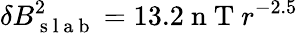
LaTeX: \delta B_{\mathrm{~s~l~a~b~}}^{2}=13.2\mathrm{~n~T~}r^{-2.5}